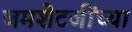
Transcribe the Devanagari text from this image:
जमशेटजींच्या